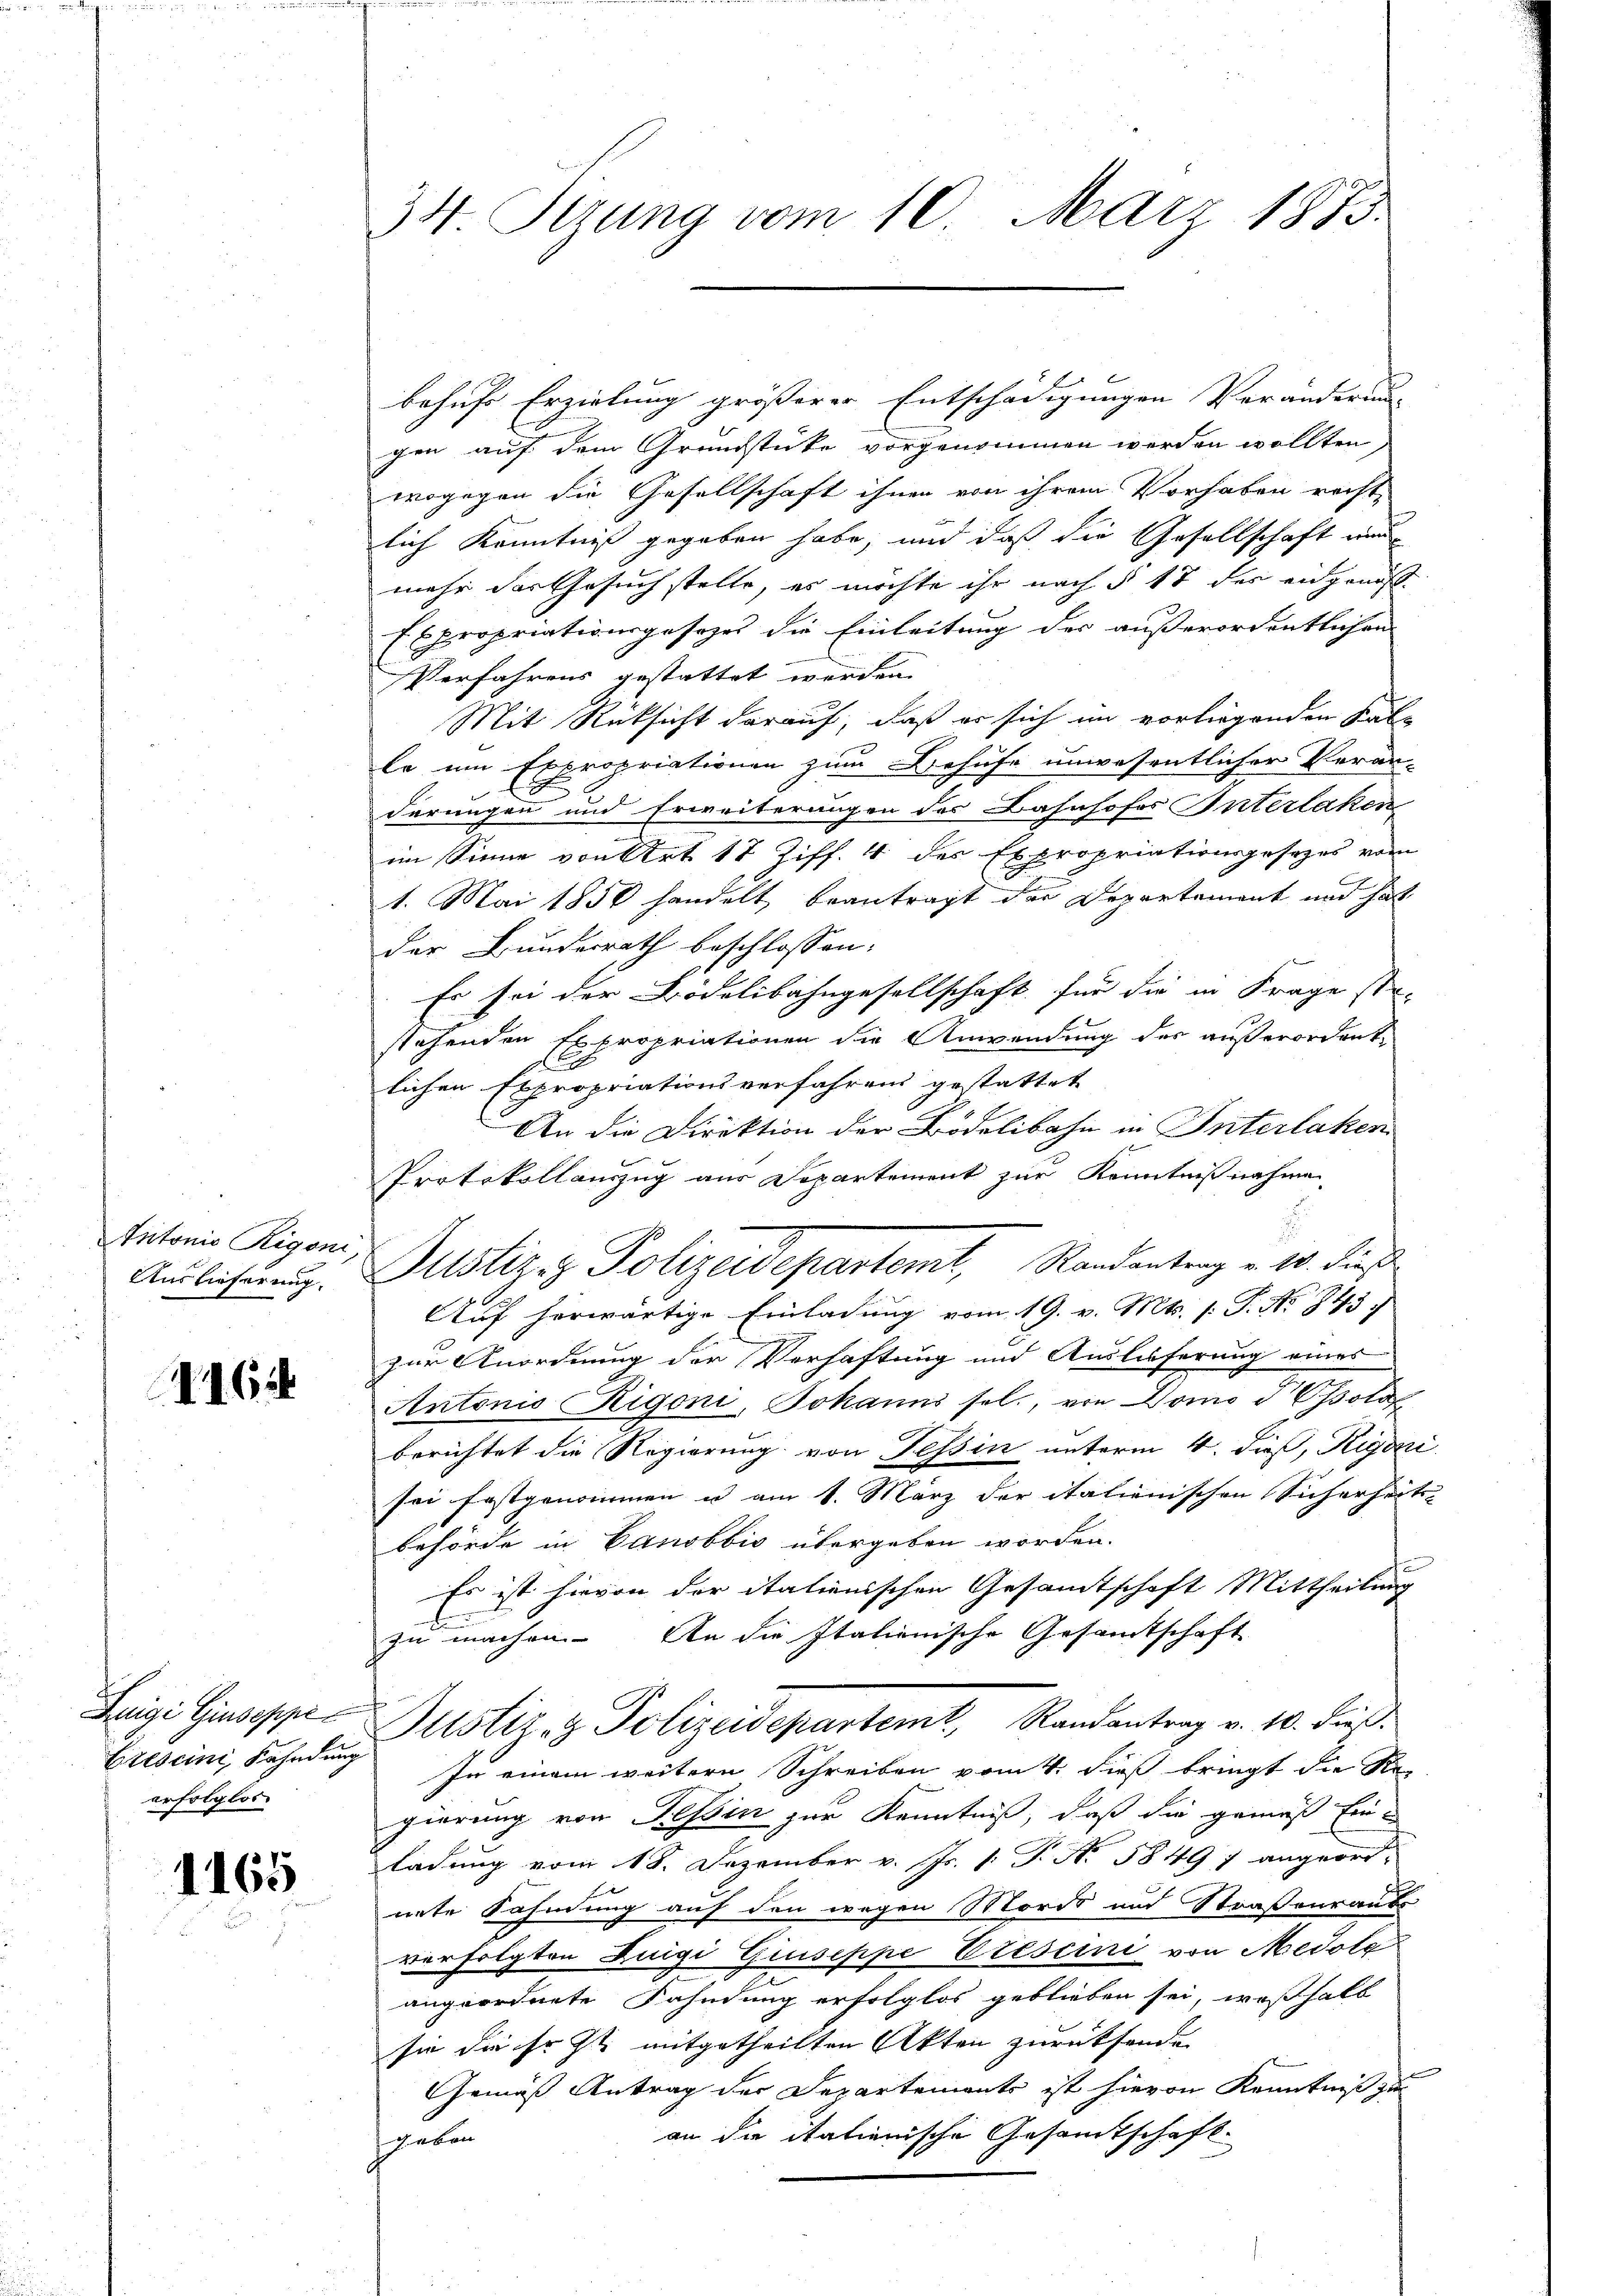
Intonie Rigoni,
Auslieferung

416

Luigi Giuseppe¬
Crescini, Kahndung
erfolglos

1165

34 Sizung vom 10. März 1883.

behufs Erzielung größerer Entschädigungen Veränderung
gen auf dem Grundstücke vorgenommen werden wollten,
wogegen die Gesellschaft ihnen von ihrem Vorhaben recht,
lich Kenntniß gegeben habe, und daß die Gesellschaft wer
mehr der Gesuch stelle, es möchte ihr nach § 17 des eidgenosse
Expropriationsgesezes die Einleitung der außerordentlichen
Verfahrens gestattet werden. |
Mit Rücksicht darauf, daß er sich im vorliegenden Kalle um Expropriationen zum Behufe unwesentlicher Veran-
derungen und Erweiterungen des Bahnhofes Interlaken
im Sinne von Art. 17 Ziff. 4 des Expropriationsgesezes vom
1. Mai 1850 handelt, beantragt der Departement und hat
der Bundesrath beschlossen:
Es sei der Bödelibahngesellschaft für die in Frage ste-
stehenden Expropriationen die Anwendung des außerordentlichen Expropriationsverfahrens gestattet
An die Direktion der Brodelibahn in Interlaken
Protokollauszug aus Departement zur Kenntnißnahme
Justiz & Polizeidepartemt, Randantrag v. 10. dies
Auf herwärtige Einladung vom 19. v. Mts. (: P. No 843 f.
zur Unordnung der Verhaftung und Auslieferung eines
Antonio Rigoni, Johanns sel., von Domo d Ossstof
berichtet die Regierung von Tessin unterm 4. dieß, Rigi
sei festgenommen u am 1. März der italienischen Sicherheits-
behörde in Canobbio übergeben worden.
Es ist hievon der italienischen Gesamtschaft Mittheilung
zu machen. An die Italienische Gesamtschaft
Justiz- & Polizeidepartem Randantrag v. 10. dieβ.
In einem weitern Schreiben vom 4. dieß bringt die Regierung von Tessin zur Kenntniß, daß die gemäß Einladung vom 18. Dezember v. Js. 1. P. N. 58497 angeord-
nete Kahnung auf den wegen Mordes und Straßenraubs
verfolgten Luigi Giuseppe Crescini von Medolg
angeordnete Fahndung erfolglos geblieben sei, weßhalb
sie die ihr zu mitgetheilten Akten zurücksenden
Gemäß Antrag der Departements ist hievon Kenntniß zu
an die itationische Gesamtschaft.
hieben